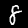
Label: 8